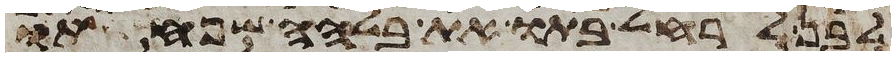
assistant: לבן לרחל בתו את בלהה שפחתו